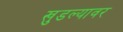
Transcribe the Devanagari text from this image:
खुडल्यावर